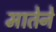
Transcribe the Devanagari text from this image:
मातेने